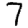
Digit: 7